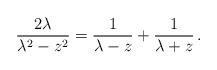
LaTeX: \begin{align*}\frac{2\lambda}{\lambda^2-z^2}=\frac{1}{\lambda-z}+\frac{1}{\lambda+z}\,.\end{align*}